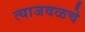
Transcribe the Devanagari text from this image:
त्याजवळचे